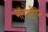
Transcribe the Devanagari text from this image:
मॉंगोलीयन